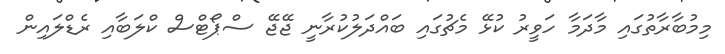
މިމުބާރާތުގައި މާދަމާ ހަވީރު ކުޅޭ މެޗުގައި ބައްދަލުކުރާނީ ޖޭޖޭ ސްޕޯޓްސް ކްލަބާއި ރެޑްލައިން